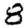
Digit: 8